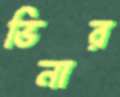
ভিনার